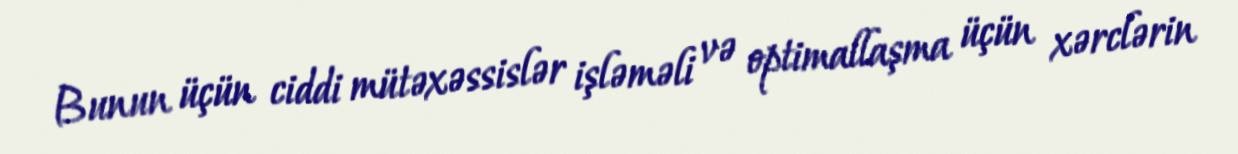
Bunun üçün ciddi mütəxəssislər işləməli və optimallaşma üçün xərclərin